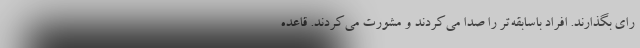
رای بگذارند. افراد باسابقه‌تر را صدا می‌کردند و مشورت می‌کردند. قاعده